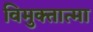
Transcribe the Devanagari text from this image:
विमुक्तात्मा